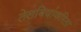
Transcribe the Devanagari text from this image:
तेलबियांकरिता